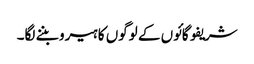
شریفو گائوں کے لوگوں کا ہیرو بننے لگا۔